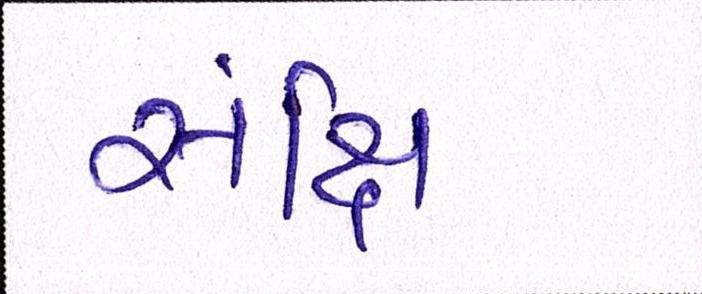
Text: સંક્ષિ